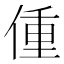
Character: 偅